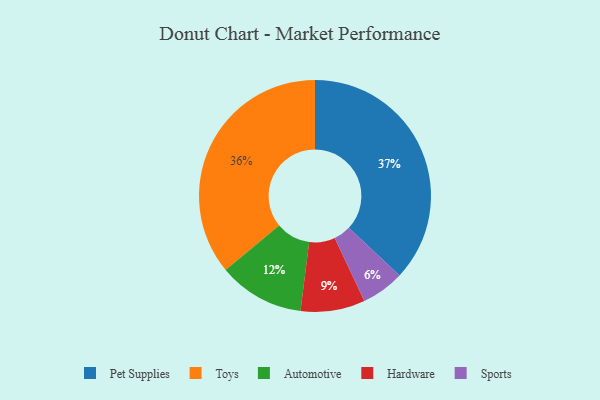
{"axis": {"x": "Category", "y": "Percentage"}, "legend": ["Automotive", "Hardware", "Pet Supplies", "Sports", "Toys"], "data": [{"x": "Sports", "y": 6, "type": "Sports"}, {"x": "Hardware", "y": 9, "type": "Hardware"}, {"x": "Automotive", "y": 12, "type": "Automotive"}, {"x": "Pet Supplies", "y": 37, "type": "Pet Supplies"}, {"x": "Toys", "y": 36, "type": "Toys"}]}